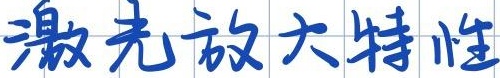
激光放大特性